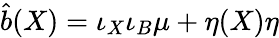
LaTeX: \hat{b}(X)=\iota_{X}\iota_{B}\mu+\eta(X)\eta